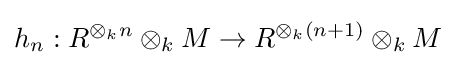
h_{n}:R^{\otimes _{k}n}\otimes _{k}M\to R^{\otimes _{k}(n+1)}\otimes _{k}M